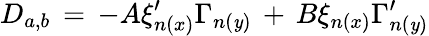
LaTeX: D_{a,b}\, =\, -A\xi_{n(x)}^{\prime}\Gamma_{n(\mathit{y})}\, +\, B\xi_{n(x)}\Gamma_{n(\mathit{y})}^{\prime}